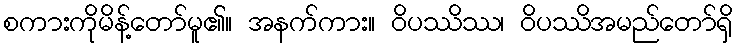
စကားကိုမိန့်တော်မူ၏။ အနက်ကား။ ဝိပဿိဿ၊ ဝိပဿိအမည်တော်ရှိ